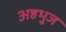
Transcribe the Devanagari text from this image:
अष्ठभुज